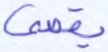
يقضى